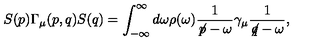
S ( p ) \Gamma _ { \mu } ( p , q ) S ( q ) = \int _ { - \infty } ^ { \infty } d \omega \rho ( \omega ) \frac { 1 } { \not \! p - \omega } \gamma _ { \mu } \frac { 1 } { \not \! q - \omega } ,